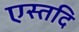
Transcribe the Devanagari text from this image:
एस्तदि